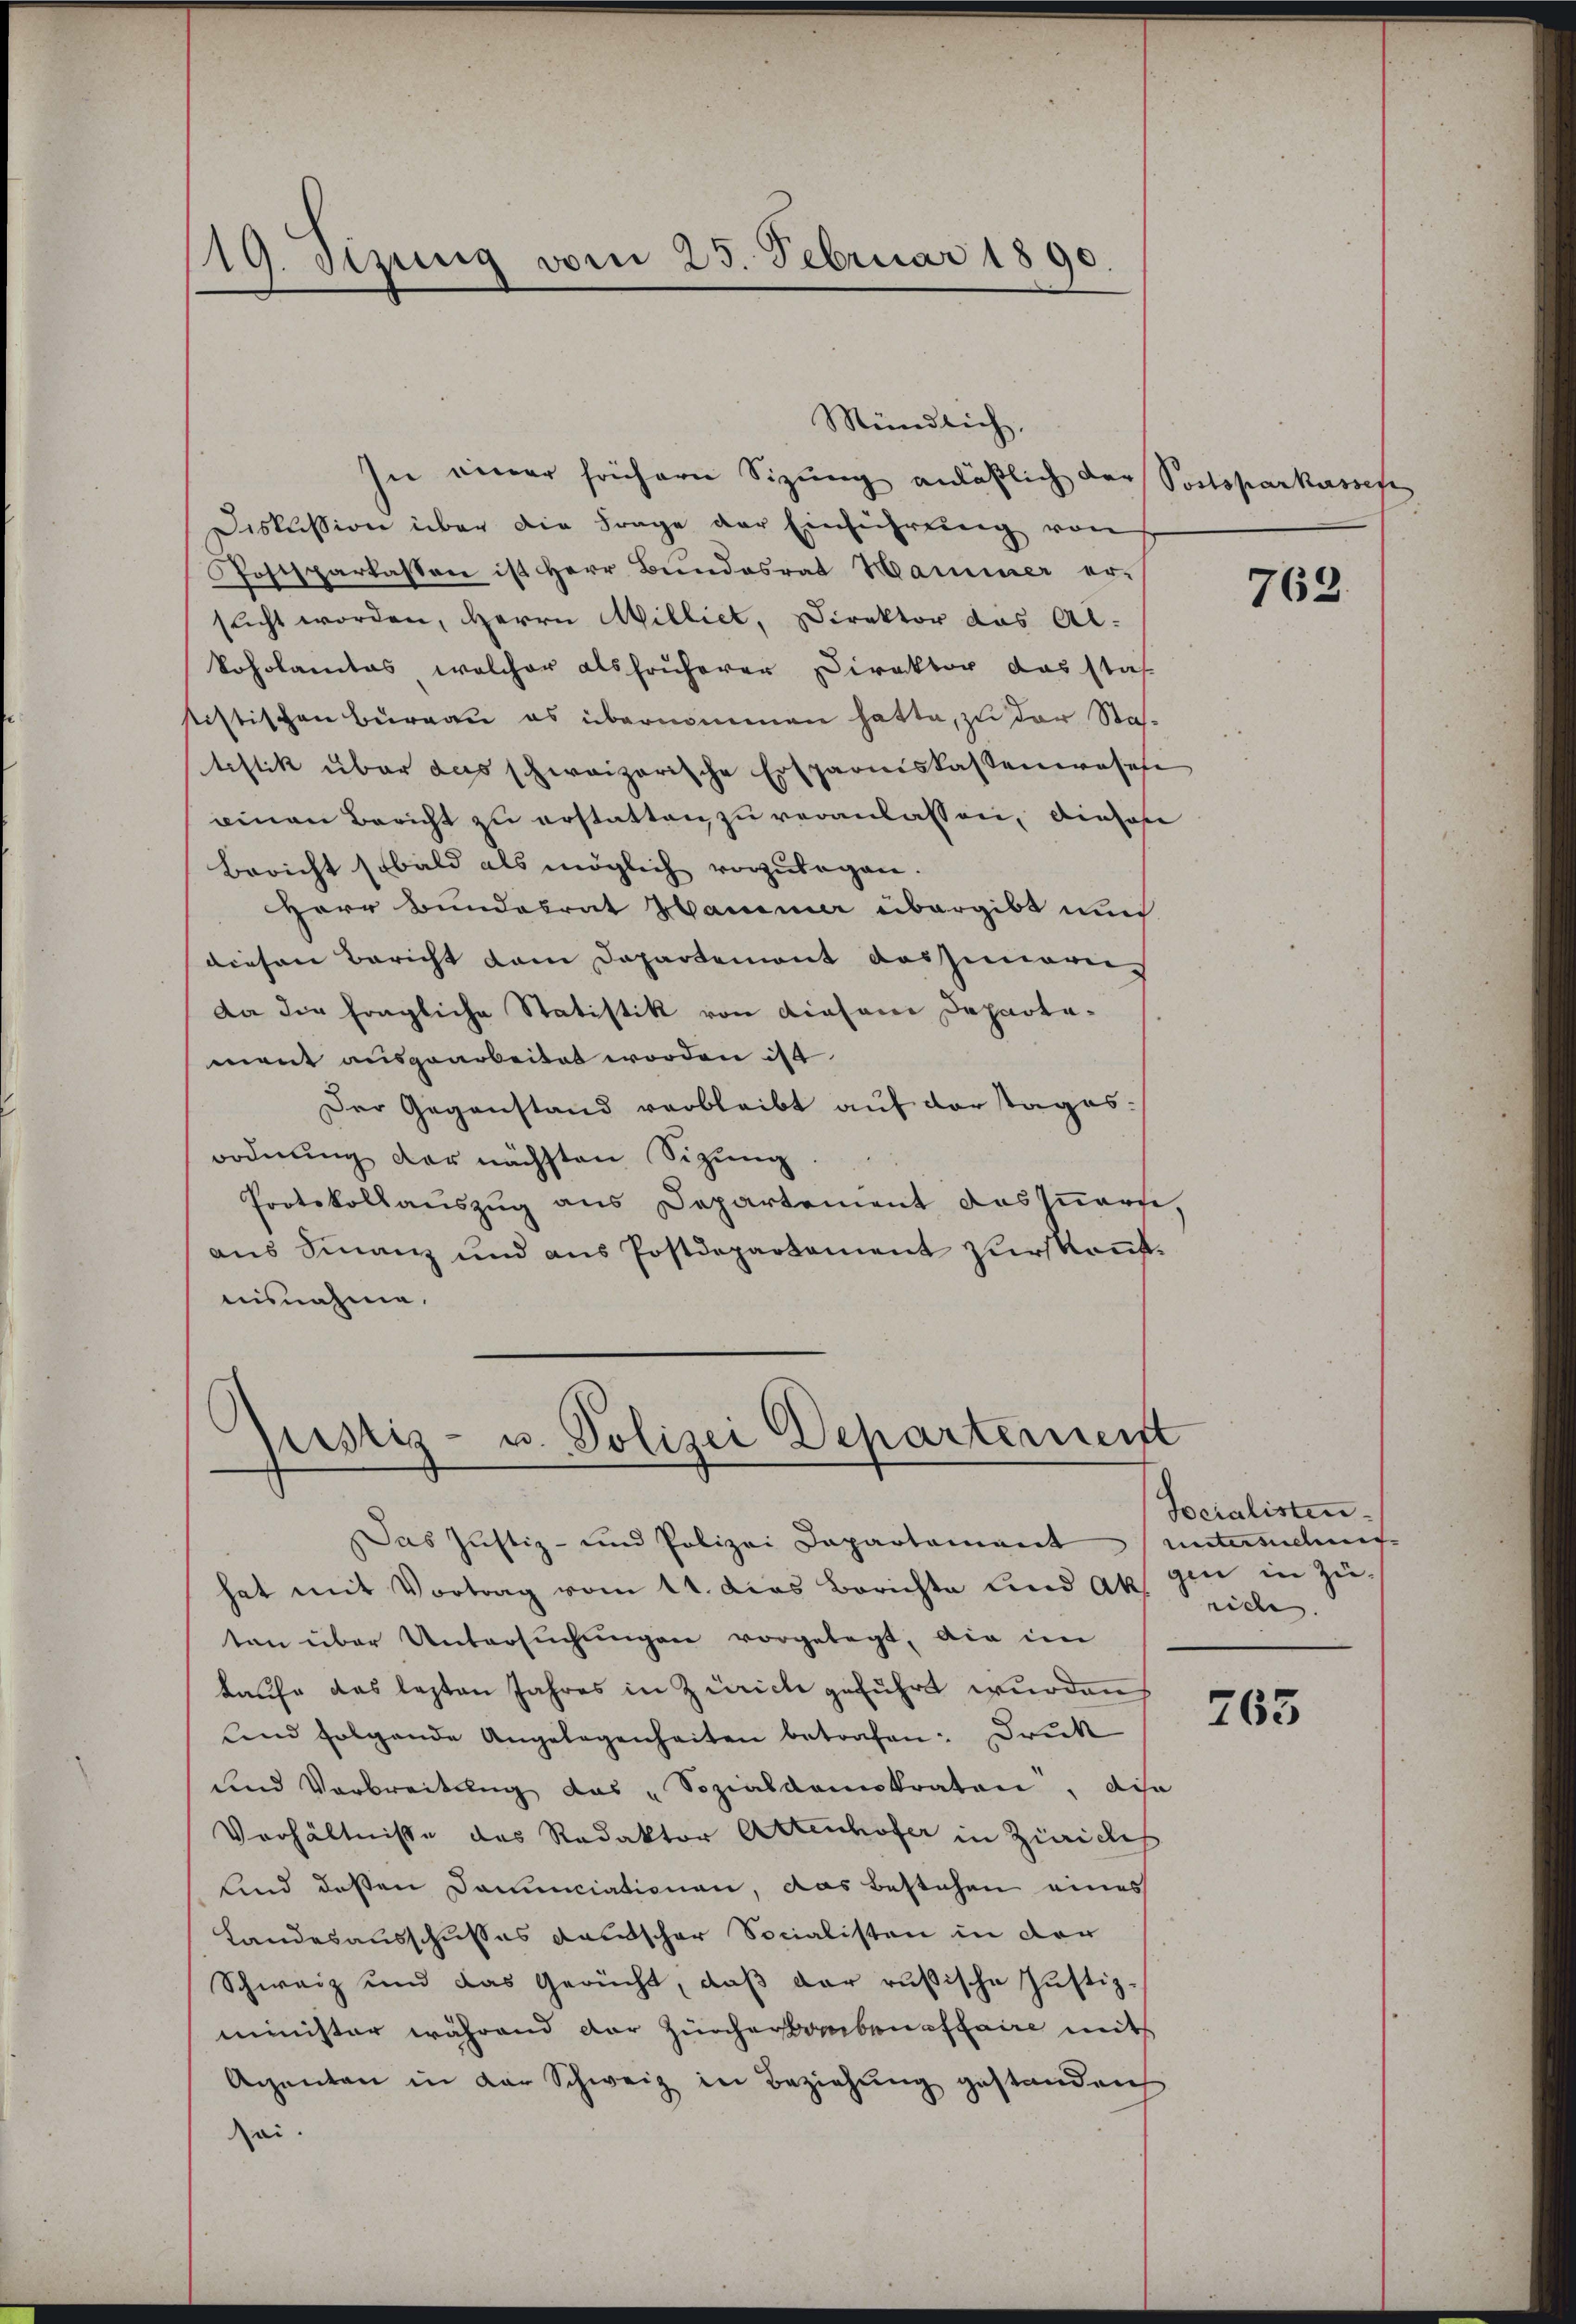
119. Sizung vom 25. Februar 1890.

Diskussion über die Frage der Einführŭng von
Postsparkassen ist Herr Bundesrat Hammer er-
sŭcht worden, Herrn Milliet, Direktor das Al.
koholamtes welcher als früherer Direktor das stat
sistischen Burgau es übernommen hatte, zu der Statistik über das schweizerische Ersparniskassenwasese
einen Bericht zu erstatten zu veranlassen, diesene
Bericht sobald als möglich vorzulegen.
Herr Bundesrat Hammer übergibt und
diesen Bericht dem Departement auszumari
da die fragliche Statistik von diesen Departament ausgearbeitet worden ist
Der Gegenstand verbleibt auf der tages.
ordnung der nächsten Sizung
Protokollauszug aus Departement das Innern,
aus Finanz und aus Postdepartement zurskont.
aisnahme.

Mündlich,
In einer frühern Sizung anläßlich der Postsparkassen

Justiz- u. Polizei Departement
Das Justiz- und Polizei Dapartament

hat mit Vortrag vom 11. dies Berichte und ak gen in Züten über Untersŭchŭngen vorgelegt, die im
kaufe das lezten Jahres in Zürich geführt wurden
und folgende Angelegenheiten betrafen. Druck
und Verbreitŭng das „Sozialdemokraten, dis
Verhältnisse des Redaktor Altenhofer in Zinickel
Kind dessen Dominciationen, das bestehen eines
Landesausschusses deutscher Socialisten in der
Schweiz und das Gericht, daβ der rusische Justiz-
minister während der Zürchersamben affaire mit
Agenten in der Schweiz in Beziehŭng gestanden
sei.

763

762.

Socialisten
untersuchung. |
rich.